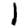
Digit: 1